Annual administration report of the Civil Veterinary Department, Sind - 1945-1946
Year: 1945
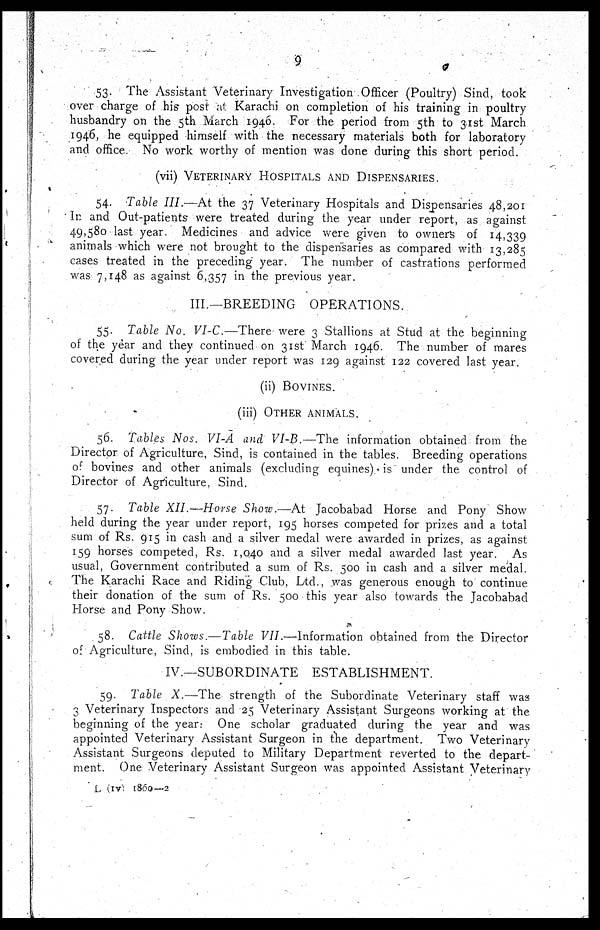
9
53. The Assistant Veterinary Investigation Officer (Poultry) Sind, took
over charge of his post at Karachi on completion of his training in poultry
husbandry on the 5th March 1946. For the period from 5th to 31st March
1946, he equipped himself with the necessary materials both for laboratory
and office. No work worthy of mention was done during this short period.
(vii)
VETERINARY HOSPITALS AND DISPENSARIES.
54. Table III.—At the 37 Veterinary Hospitals and Dispensaries 48,201
In and Out-patients were treated during the year under report, as against
49,580 last year. Medicines and advice were given to owners of 14,339
animals which were not brought to the dispensaries as compared with 13,285
cases treated in the preceding year. The number of castrations performed
was 7,148 as against 6,357 in the previous year.
III.—BREEDING OPERATIONS.
55. Table No. VI-C.—There were 3 Stallions at Stud at the beginning
of the year and they continued on 31st March 1946. The number of mares
covered during the year under report was 129 against 122 covered last year
(ii) BOVINES.
(iii) OTHER ANIMALS.
56. Tables Nos. VI-A and VI-B.—The information obtained from the
Director of Agriculture, Sind, is contained in the tables. Breeding operations
of bovines and other animals (excluding equines) is under the control of
Director of Agriculture, Sind.
57. Table XII.—Horse Show.—At Jacobabad Horse and Pony Show
held during the year under report, 195 horses competed for prizes and a total
sum of Rs. 915 in cash and a silver medal were awarded in prizes, as against
159 horses competed, Rs. 1,040 and a silver medal awarded last year. As
usual, Government contributed a sum of Rs. 500 in cash and a silver medal.
The Karachi Race and Riding Club, Ltd., was generous enough to continue
their donation of the sum of Rs. 500 this year also towards the Jacobabad
Horse and Pony Show.
58. Cattle Shows.—Table VII.—Information obtained from the Director
of Agriculture, Sind, is embodied in this table.
IV.—SUBORDINATE ESTABLISHMENT.
59. Table X.—The strength of the Subordinate Veterinary staff was
3 Veterinary Inspectors and 25 Veterinary Assistant Surgeons working at the
beginning of the year. One scholar graduated during the year and was
appointed Veterinary Assistant Surgeon in the department. Two Veterinary
Assistant Surgeons deputed to Military Department reverted to the depart-
ment. One Veterinary Assistant Surgeon was appointed Assistant Veterinary
L (IV) 1860—2